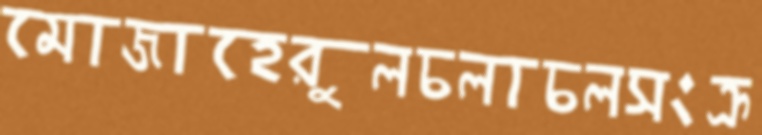
মোজাহেরুলচলাচলসংক্র